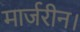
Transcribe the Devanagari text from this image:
मार्जरीन।